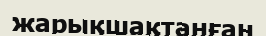
жарықшақтанған